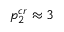
p _ { 2 } ^ { c r } \approx 3